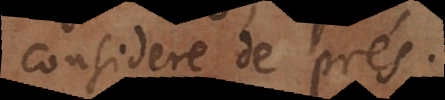
considere de prés.